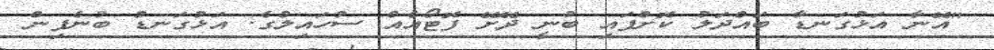
"އޭނާ އަޅުގަނޑާ ބައްދަލު ކޮށްފައި ބުނީ ދޭށޭ ފޮޓޯއެއް ސުހައިލްގެ. އަޅުގަނޑު ބުނެފިން